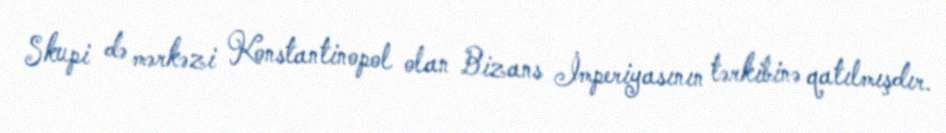
Skupi də mərkəzi Konstantinopol olan Bizans İmperiyasının tərkibinə qatılmışdır.